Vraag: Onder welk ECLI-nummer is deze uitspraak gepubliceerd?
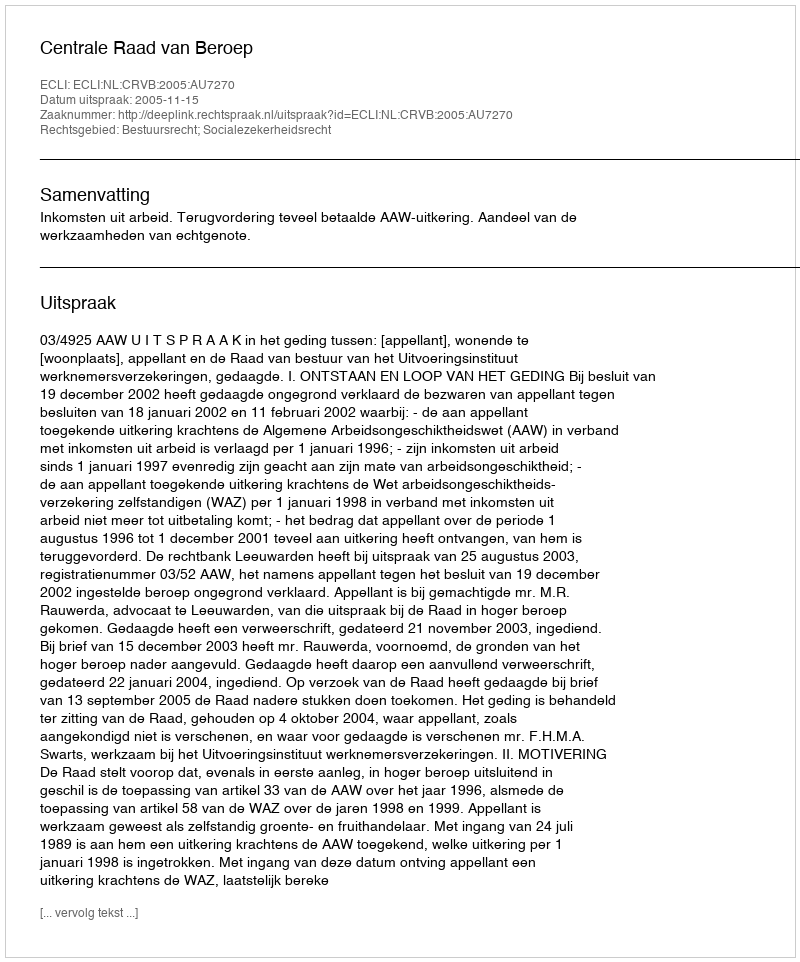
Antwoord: ECLI:NL:CRVB:2005:AU7270